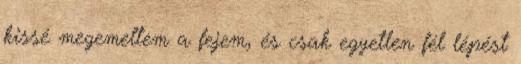
kissé megemeltem a fejem, és csak egyetlen fél lépést